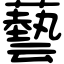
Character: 藝